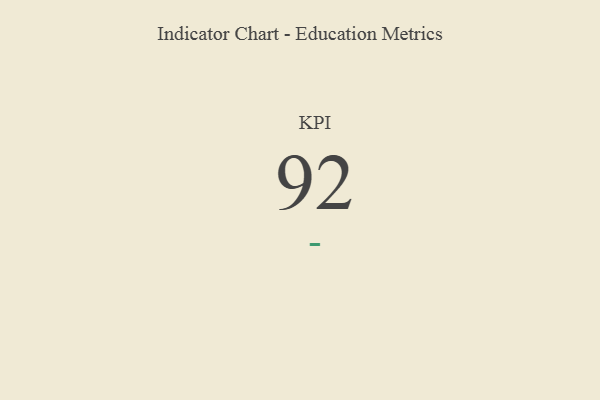
{"axis": {"x": "KPI", "y": "Value"}, "legend": [""], "data": [{"x": "KPI", "y": 92, "type": ""}]}